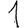
Digit: 1